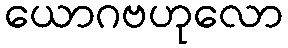
ယောဂဗဟုလော